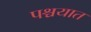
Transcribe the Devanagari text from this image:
पश्चयात